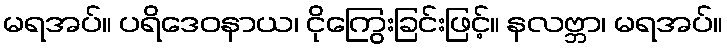
မရအပ်။ ပရိဒေဝနာယ၊ ငိုကြွေးခြင်းဖြင့်။ နလဗ္ဘာ၊ မရအပ်။